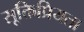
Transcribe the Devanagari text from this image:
सूक्तिप्रियता